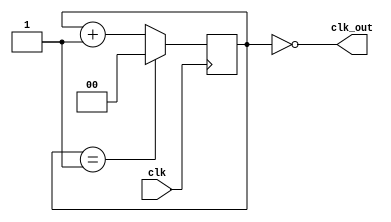
module clk_div #(parameter x = 2, parameter y = 1)(
	input clk,

	output clk_out
);

reg [x-1:0]cnt = 0;
	
always @(posedge clk) begin
	if(cnt == y)
		cnt <= 0;
	else
		cnt <= cnt + 1;
end

assign clk_out = (cnt == 0);

endmodule